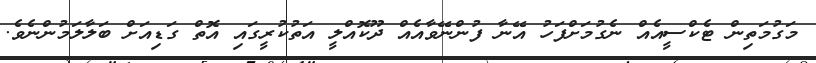
މަގުމަތިން ޓެކްސީއެއް ނެގުމަށްފަހު އޭނާ ފުންނޭވާއެއް ދޫކޮއްލީ އަތުކުރީގައި އޮތް ގަޑިއަށް ބަލާލަމުންނެވެ.